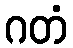
ဂတံ